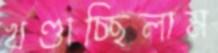
খণ্ডাচ্ছিলাম